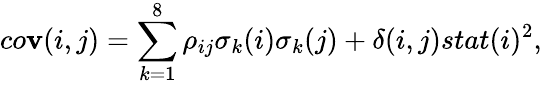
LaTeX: co\mathbf{v}(i,j)=\sum_{k=1}^{8}\rho_{ij}\sigma_{k}(i)\sigma_{k}(j)+\delta(i,j)stat(i)^{2},